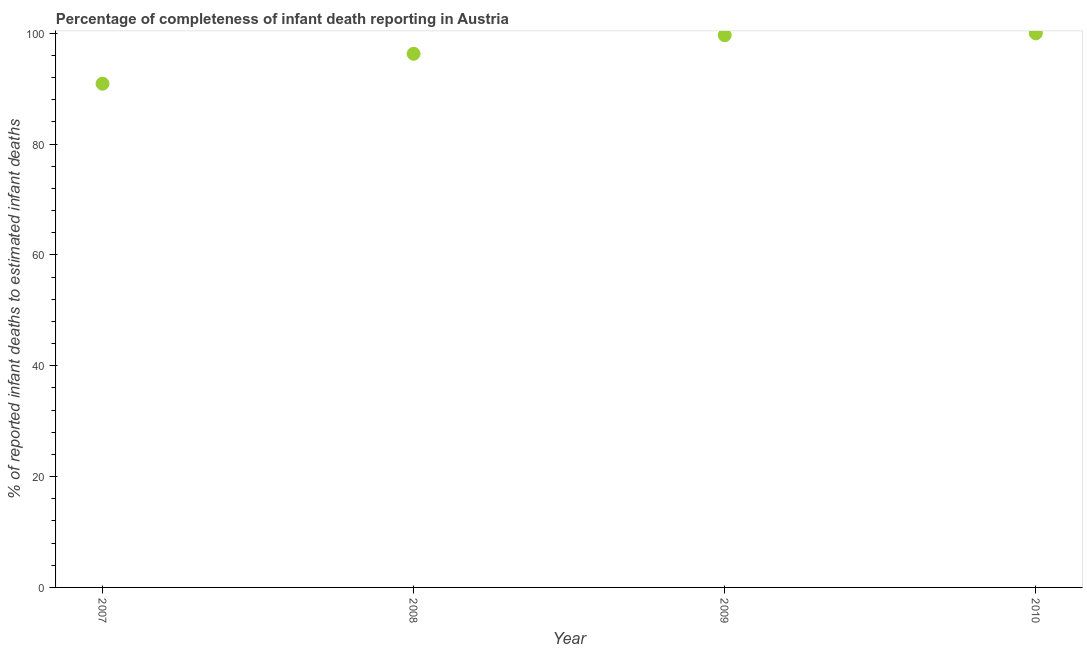
| Year | Completeness of infant death reporting |
 | --- | --- |
 | 2007 | 90.9 |
 | 2008 | 96.3 |
 | 2009 | 99.7 |
 | 2010 | 100 |